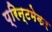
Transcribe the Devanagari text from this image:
प्रिन्टमेकर